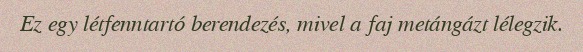
Ez egy létfenntartó berendezés, mivel a faj metángázt lélegzik.